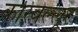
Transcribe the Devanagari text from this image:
करिवेल्लूर